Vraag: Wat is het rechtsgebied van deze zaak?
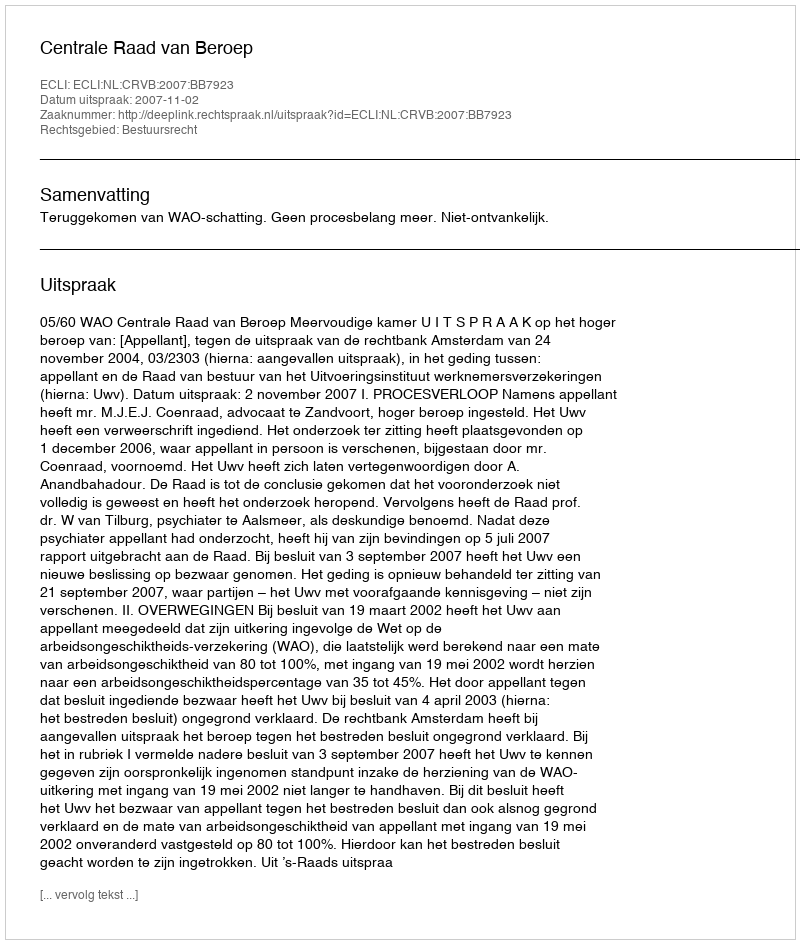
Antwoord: Bestuursrecht